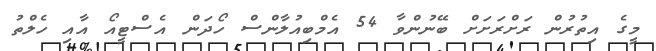
މީގެ އިތުރުން ރަށްރަށަށް ބޭނުންވާ 54 އެމްބިއުލާންސް ހޯދަން އެސްޓީއޯ އާއި ހެލްތު